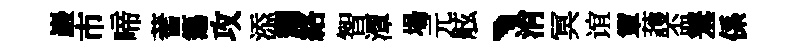
巖市啼蓍簜攻添耀絡智潭場元舷、消冥谊簟䕶盃羞係